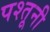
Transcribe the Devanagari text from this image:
पश्तूनी